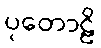
ပုတောဠိ